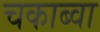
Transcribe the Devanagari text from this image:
चकाब्वा